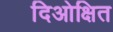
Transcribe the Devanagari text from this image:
दिओक्षित